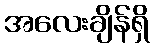
အလေးချိန်ရှိ